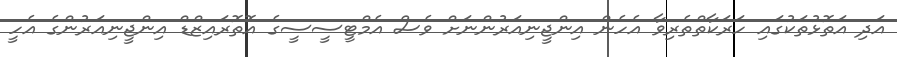
އަދި އަތޮޅުތަކުގައި ހަރަކާތްތެރިވާ އެހެން އިންޖީނިއަރުންނަށް ވެސް އެމްޓީސީސީގެ އޮތޮރައިޒްޑް އިންޖީނިއަރުންގެ އެހީ